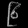
Digit: ၉